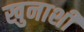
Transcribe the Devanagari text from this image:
खुनाशी